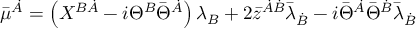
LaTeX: \bar { \mu } ^ { \dot { A } } = \left( X ^ { B \dot { A } } - i \Theta ^ { B } \bar { \Theta } ^ { \dot { A } } \right) \lambda _ { B } + 2 \bar { z } ^ { \dot { A } \dot { B } } \bar { \lambda } _ { \dot { B } } - i \bar { \Theta } ^ { \dot { A } } \bar { \Theta } ^ { \dot { B } } \bar { \lambda } _ { \dot { B } }